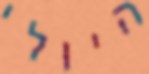
היולי